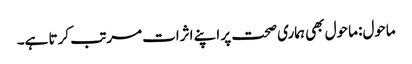
ماحول: ماحول بھی ہماری صحت پر اپنے اثرات مرتب کرتا ہے۔